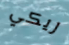
ريكي